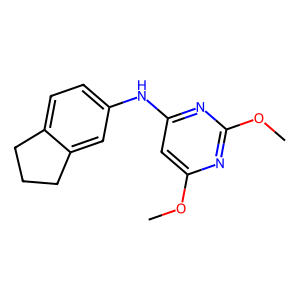
SMILES: COc1cc(Nc2ccc3c(c2)CCC3)nc(OC)n1
Inhibits HIV replication: No